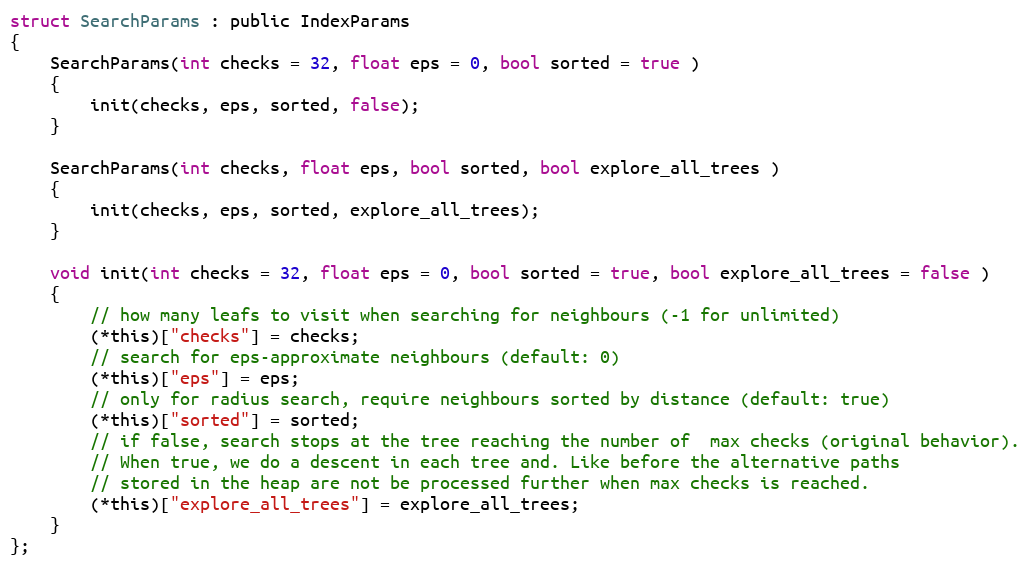
Language: C
struct SearchParams : public IndexParams
{
    SearchParams(int checks = 32, float eps = 0, bool sorted = true )
    {
        init(checks, eps, sorted, false);
    }

    SearchParams(int checks, float eps, bool sorted, bool explore_all_trees )
    {
        init(checks, eps, sorted, explore_all_trees);
    }

    void init(int checks = 32, float eps = 0, bool sorted = true, bool explore_all_trees = false )
    {
        // how many leafs to visit when searching for neighbours (-1 for unlimited)
        (*this)["checks"] = checks;
        // search for eps-approximate neighbours (default: 0)
        (*this)["eps"] = eps;
        // only for radius search, require neighbours sorted by distance (default: true)
        (*this)["sorted"] = sorted;
        // if false, search stops at the tree reaching the number of  max checks (original behavior).
        // When true, we do a descent in each tree and. Like before the alternative paths
        // stored in the heap are not be processed further when max checks is reached.
        (*this)["explore_all_trees"] = explore_all_trees;
    }
};